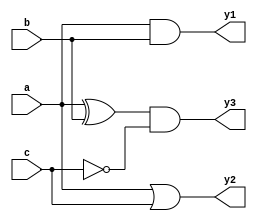
module combinational_logic (
    input wire a,      // Input signal a
    input wire b,      // Input signal b
    input wire c,      // Input signal c
    output reg y1,     // Output signal y1
    output reg y2,     // Output signal y2
    output reg y3      // Output signal y3
);

// Always block for combinational logic
always @ (a, b, c) begin
    // Continuous assignments reflecting combinational logic
    y1 = a & b;       // AND operation between a and b
    y2 = a | c;       // OR operation between a and c
    y3 = (a ^ b) & ~c; // AND operation between XOR of a and b with NOT of c
end

endmodule